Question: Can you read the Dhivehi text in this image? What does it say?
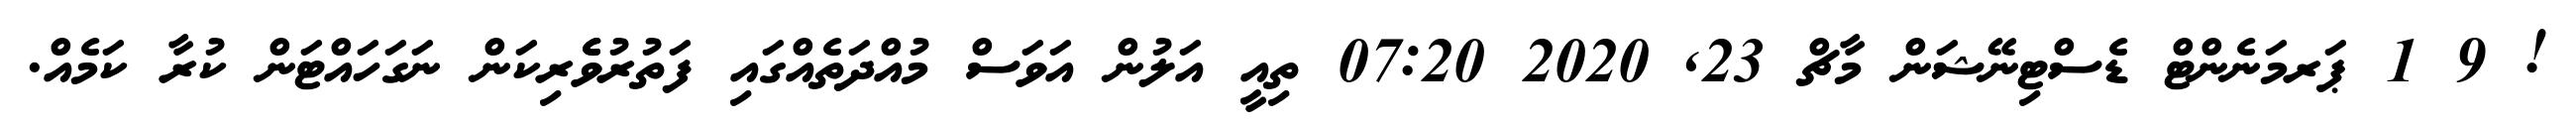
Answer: ! 9 1 ޕަރމަނެންޓް ޑެސްޓިނޭޝަން މާޗް 23, 2020 07:20 ތިއީ އަލުން އަވަސް މުއްދަތެއްގައި ފަތުރުވެެރިކަން ނަގަހައްޓަން ކުރާ ކަމެއް.